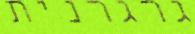
גרגרנית